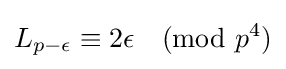
L_{p-\epsilon }\equiv 2\epsilon {\pmod {p^{4}}}